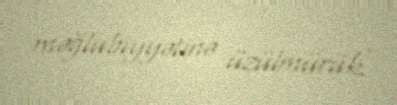
məğlubiyyətinə üzülmürük.